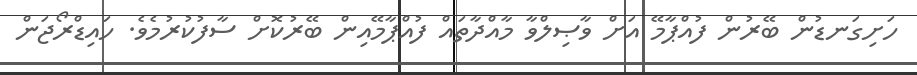
ހަށިގަނޑުން ބޭރުން ފުއްޕާމޭ އަށް ވާޞިލްވާ މާއްދާތައް ފުއްޕާމޭއިން ބޭރުކޮށް ސާފުކުރުމެވެ. ހައިޑްރޯޖަން